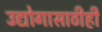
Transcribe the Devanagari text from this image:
उद्योगासाठीही